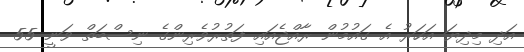
އަދި މިދިޔަ އަހަރު އެ ގައުމުން ރާއްޖެއައި ފަތުރުވެރިންގެ ނިސްބަތް ވަނީ 55